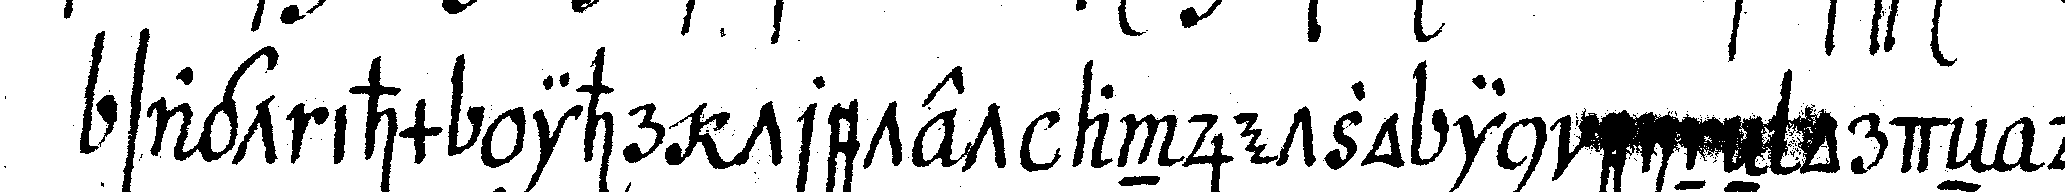
sagt ihm ihr tretet andjetzo in eineN ordeN der